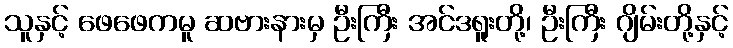
သူနှင့် ဖေဖေကမူ ဆဗားနားမှ ဦးကြီး အင်ဒရူးတို့၊ ဦးကြီး ဂျိမ်းတို့နှင့်